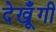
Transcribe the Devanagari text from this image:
देखूँगी